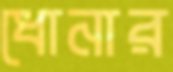
ধোনার